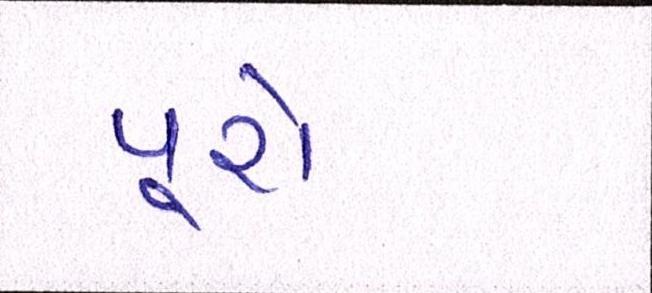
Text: પૂરો